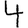
Digit: 4